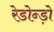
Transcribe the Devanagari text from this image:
रेडोन्ड़ो